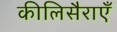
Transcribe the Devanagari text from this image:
कीलिसैराएँ